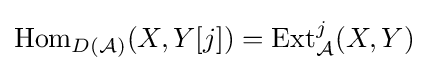
{\text{Hom}}_{D({\mathcal {A}})}(X,Y[j])={\text{Ext}}_{\mathcal {A}}^{j}(X,Y)